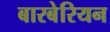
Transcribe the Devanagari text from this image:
बारबेरियन